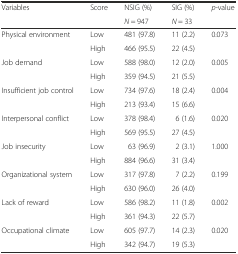
<table><thead><tr><td rowspan="2"><b>Variables</b></td><td rowspan="2"><b>Score</b></td><td><b>NSIG (%)</b></td><td><b>SIG (%)</b></td><td rowspan="2"><b><i>p</i>-value</b></td></tr><tr><td><b><i>N</i> = 947</b></td><td><b><i>N</i> = 33</b></td></tr></thead><tbody><tr><td rowspan="2">Physical environment</td><td>Low</td><td>481 (97.8)</td><td>11 (2.2)</td><td>0.073</td></tr><tr><td>High</td><td>466 (95.5)</td><td>22 (4.5)</td><td></td></tr><tr><td rowspan="2">Job demand</td><td>Low</td><td>588 (98.0)</td><td>12 (2.0)</td><td>0.005</td></tr><tr><td>High</td><td>359 (94.5)</td><td>21 (5.5)</td><td></td></tr><tr><td rowspan="2">Insufficient job control</td><td>Low</td><td>734 (97.6)</td><td>18 (2.4)</td><td>0.004</td></tr><tr><td>High</td><td>213 (93.4)</td><td>15 (6.6)</td><td></td></tr><tr><td rowspan="2">Interpersonal conflict</td><td>Low</td><td>378 (98.4)</td><td>6 (1.6)</td><td>0.020</td></tr><tr><td>High</td><td>569 (95.5)</td><td>27 (4.5)</td><td></td></tr><tr><td rowspan="2">Job insecurity</td><td>Low</td><td>63 (96.9)</td><td>2 (3.1)</td><td>1.000</td></tr><tr><td>High</td><td>884 (96.6)</td><td>31 (3.4)</td><td></td></tr><tr><td rowspan="2">Organizational system</td><td>Low</td><td>317 (97.8)</td><td>7 (2.2)</td><td>0.199</td></tr><tr><td>High</td><td>630 (96.0)</td><td>26 (4.0)</td><td></td></tr><tr><td rowspan="2">Lack of reward</td><td>Low</td><td>586 (98.2)</td><td>11 (1.8)</td><td>0.002</td></tr><tr><td>High</td><td>361 (94.3)</td><td>22 (5.7)</td><td></td></tr><tr><td rowspan="2">Occupational climate</td><td>Low</td><td>605 (97.7)</td><td>14 (2.3)</td><td>0.020</td></tr><tr><td>High</td><td>342 (94.7)</td><td>19 (5.3)</td><td></td></tr></tbody></table>